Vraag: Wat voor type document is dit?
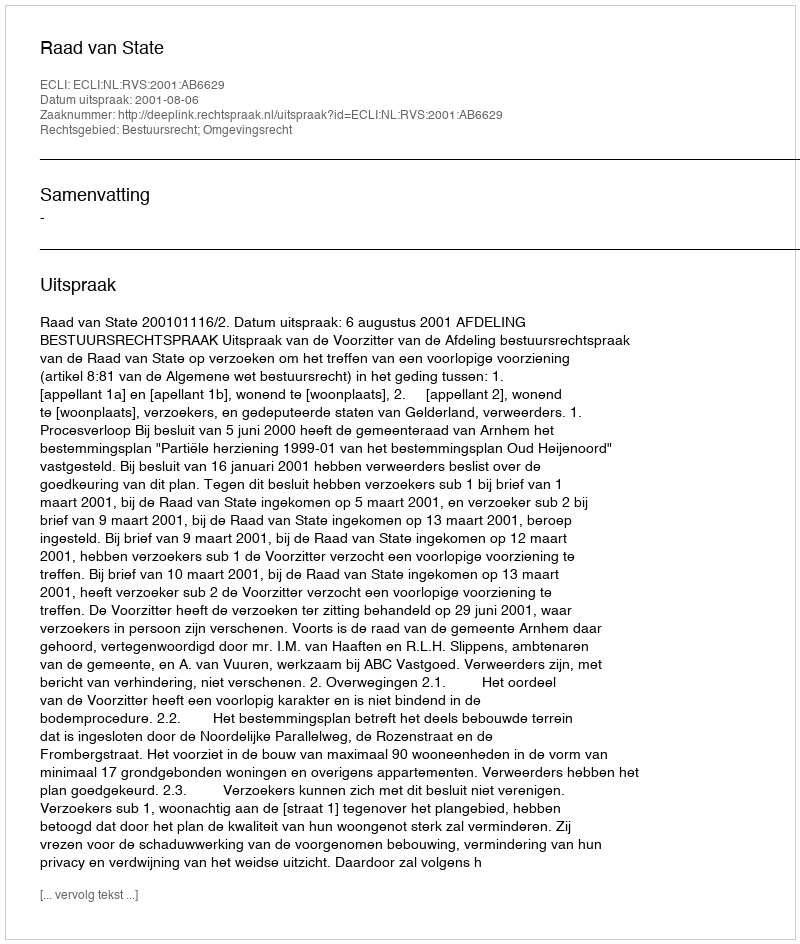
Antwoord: Uitspraak